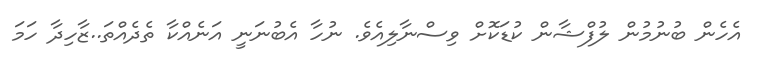
އެހެން ބުނުމުން ލުފްޝާން ކުޑަކޮށް ވިސްނާލިއެވެ. ނުހާ އެބުނަނީ އަނެއްކާ ތެދެއްތަ..ޒާހިދާ ހަމަ